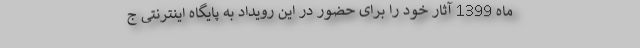
ماه 1399 آثار خود را برای حضور در این رویداد به پایگاه اینترنتی ج